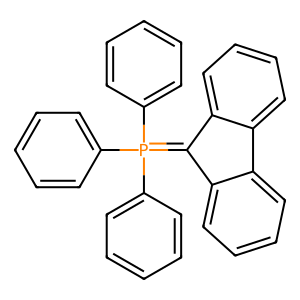
SMILES: c1ccc(P(=C2c3ccccc3-c3ccccc32)(c2ccccc2)c2ccccc2)cc1
Inhibits HIV replication: No